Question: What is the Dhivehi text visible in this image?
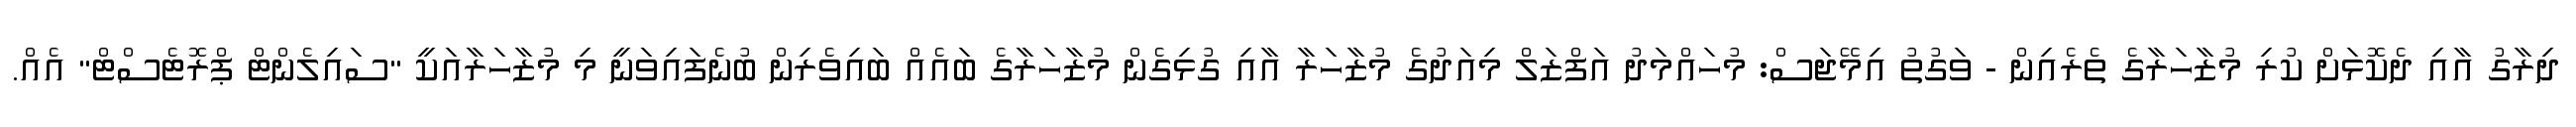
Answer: ދިރާގު އާއި ދެކޮޅަށް ކުރި މުޒާހަރާގެ ތެރެއިން - ވަގުތު އިމޭޖަސް: މުހައްމަދު އަފްޒަލް މިއަދުގެ މުޒާހަރާ އާއި ގުޅިގެން މުޒާހަރާގެ ބައެއް ބައިވެރިން ބުނެފައިވަނީ މި މުޒާހަރާއަކީ "ސައިލެންޓް ޕްރޮޓެސްޓް" އެއް.